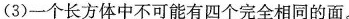
(3)一个长方体中不可能有四个完全相同的面。